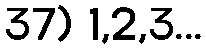
37) 1,2,3...